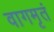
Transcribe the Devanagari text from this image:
वागमृतं